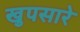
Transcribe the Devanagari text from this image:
खुपसारे